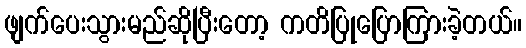
ဖျက်ပေးသွားမည်ဆိုပြီးတော့ ကတိပြုပြောကြားခဲ့တယ်။